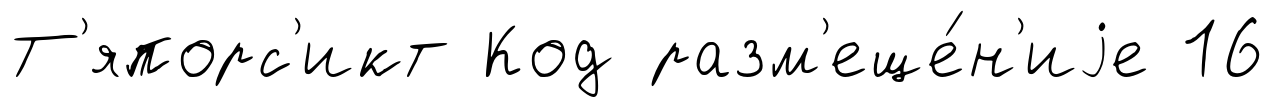
Т'япорс'икт Код разм'еще́н'иjе 16